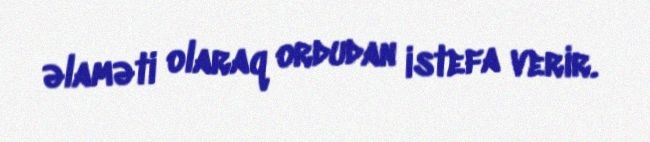
əlaməti olaraq ordudan istefa verir.